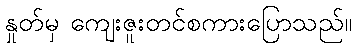
နှုတ်မှ ကျေးဇူးတင်စကားပြောသည်။